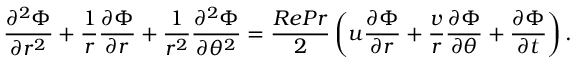
\frac { \partial ^ { 2 } \Phi } { \partial r ^ { 2 } } + \frac { 1 } { r } \frac { \partial \Phi } { \partial r } + \frac { 1 } { r ^ { 2 } } \frac { \partial ^ { 2 } \Phi } { \partial \theta ^ { 2 } } = \frac { R e P r } { 2 } \left( u \frac { \partial \Phi } { \partial r } + \frac { v } { r } \frac { \partial \Phi } { \partial \theta } + \frac { \partial \Phi } { \partial t } \right) .